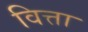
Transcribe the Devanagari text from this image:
वित्ता